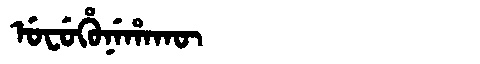
Manchu: ᡠᠸᡠᡥᡠᠨᡝᡥᠠᡴᡡ
Romanization: UFUHUNEHAKŪ